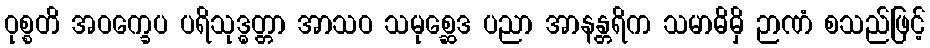
ဝုစ္စတိ အဝက္ခေပ ပရိသုဒ္ဓတ္တာ အာသဝ သမုစ္ဆေဒ ပညာ အာနန္တရိက သမာဓိမှိ ဉာဏံ စသည်ဖြင့်